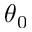
\theta _ { 0 }